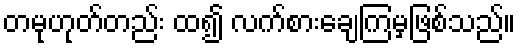
တမုဟုတ်တည်း ထ၍ လက်စားချေကြမှဖြစ်သည်။